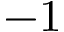
- 1